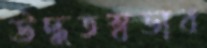
উদ্ধতস্বভাব